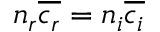
n _ { r } \overline { { c _ { r } } } = n _ { i } \overline { { c _ { i } } }